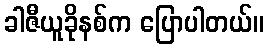
ခါဇီယူခိုနစ်က ပြောပါတယ်။